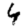
Digit: 4